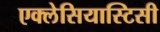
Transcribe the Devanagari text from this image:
एक्लेसियास्टिसी